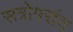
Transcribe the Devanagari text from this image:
सत्रोपरांत